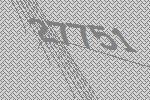
27751